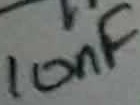
Text: 10nF